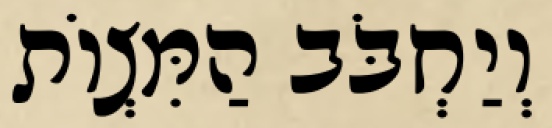
וְיַחְבֹּב הַמִּצְוֹת